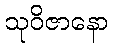
သုဝိဇာနော